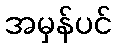
အမှန်ပင်